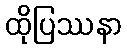
ထိုပြဿနာ